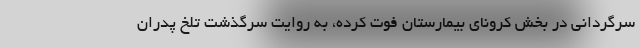
سرگردانی در بخش کرونای بیمارستان فوت کرده، به روایت سرگذشت تلخ پدران